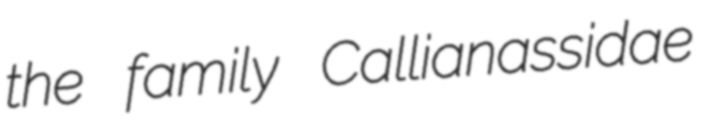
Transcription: the family Callianassidae